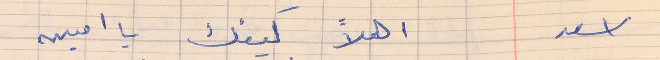
اسعد      اهلاً كيفك يا امين